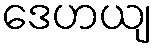
ဒေဟယျ